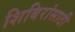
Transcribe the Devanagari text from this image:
शिबिरांसाठी